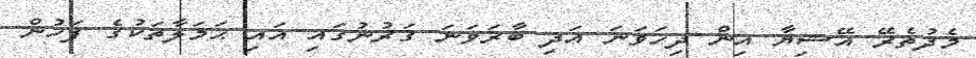
މެދުތެރޭ އޭޝިޔާ އިން ދިހަވަނަ އަދި ބާރަވަނަ ޤަރުނުގައި އައި ޙަމަލާތަކުގެ ފަހުން